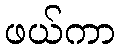
ဖယ်ကာ